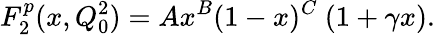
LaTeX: F_{2}^{p}(x,Q_{0}^{2})=Ax^{B}(1-x)^{C}~(1+\gamma x).